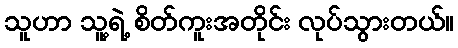
သူဟာ သူ့ရဲ့ စိတ်ကူးအတိုင်း လုပ်သွားတယ်။